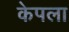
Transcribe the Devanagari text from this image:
केपला